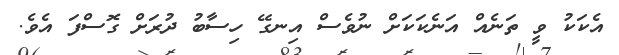
އެކަކު ވީ ތަނެއް އަނެކަކަށް ނުވެސް އިނގޭ ހިސާބު ދުރަށް ގޮސްފަ އެވެ.